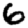
Digit: 6